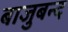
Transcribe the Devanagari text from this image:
बाजुबन्द